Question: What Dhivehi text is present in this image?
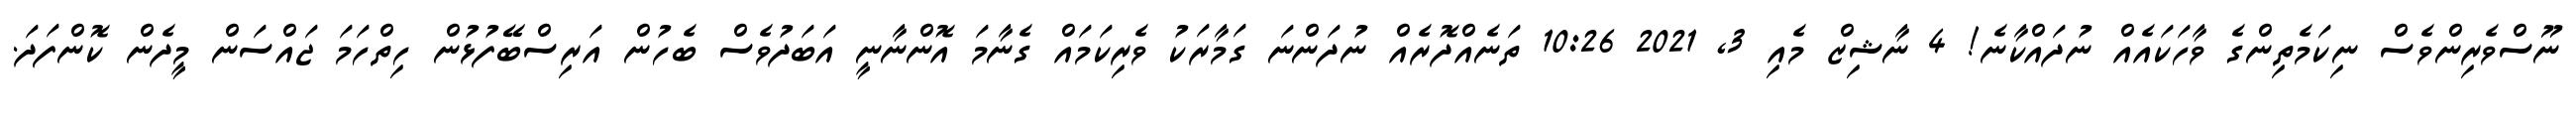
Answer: ނޫސްވެރިންވެސް ނިކަމެތިންގެ ވާހަކައެއް ނުދައްކާނެ! 4 ނާޝިޒް މެއި 3, 2021 10:26 ތަނެއްދޮރެއް ނުދަންނަ ގަމާރަކު ވެރިކަމައް ގެނާމަ އޮންނާނީ އަބަދުވެސް ބެހުން އަރިސްބޭފުޅުން ހިތްހަމަ ޖައްސަން މީދެން ކޮންފަދަ.